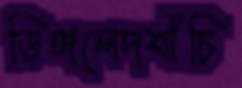
ডিঙ্গলেদর্শীচি